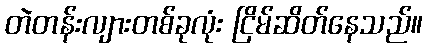
တဲတန်းလျားတစ်ခုလုံး ငြိမ်ဆိတ်နေသည်။